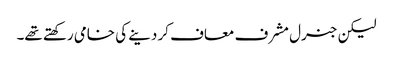
لیکن جنرل مشرف معاف کر دینے کی خامی رکھتے تھے۔